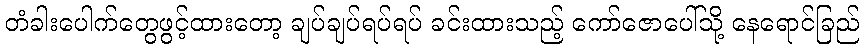
တံခါးပေါက်တွေဖွင့်ထားတော့ ချပ်ချပ်ရပ်ရပ် ခင်းထားသည့် ကော်ဇောပေါ်သို့ နေရောင်ခြည်